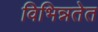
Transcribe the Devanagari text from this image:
विभिन्नतेत